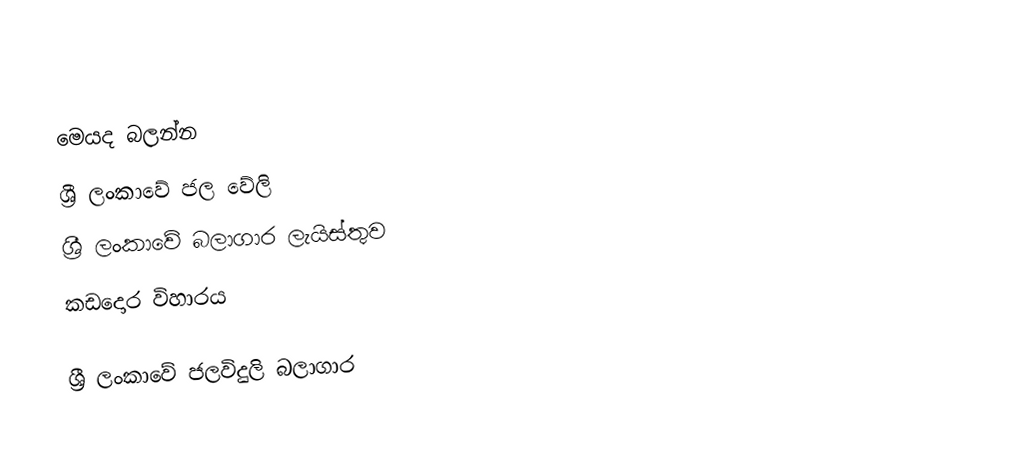

මෙයද බලන්න
ශ්‍රී ලංකාවේ ජල වේලි
ශ්‍රී ලංකාවේ බලාගාර ලැයිස්තුව
කඩදොර විහාරය

ශ්‍රී ලංකාවේ ජලවිදුලි බලාගාර